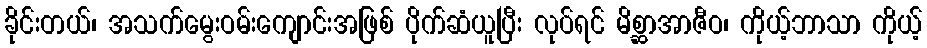
ခိုင်းတယ်၊ အသက်မွေးဝမ်းကျောင်းအဖြစ် ပိုက်ဆံယူပြီး လုပ်ရင် မိစ္ဆာအာဇီဝ၊ ကိုယ့်ဘာသာ ကိုယ့်